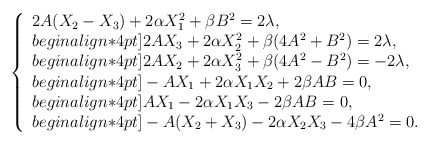
\begin{align*}\left\{\begin{array}{l}2A(X_2-X_3) + 2 \alpha X_1^2+\beta B^2 =2\lambda, \\begin{align*}4pt]2AX_3+2 \alpha X_2^2+\beta(4A^2+B^2)=2\lambda, \\begin{align*}4pt]2AX_2+2 \alpha X_3^2+\beta(4A^2- B^2)=-2\lambda, \\begin{align*}4pt]-AX_1+2\alpha X_1X_2+2\beta AB=0, \\begin{align*}4pt]AX_1-2\alpha X_1X_3-2\beta AB=0, \\begin{align*}4pt]-A(X_2+X_3)-2\alpha X_2X_3-4\beta A^2=0.\end{array}\right.\end{align*}